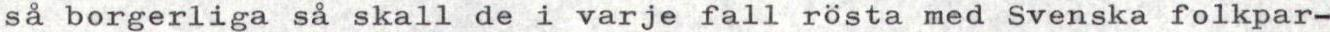
så borgerliga så skall de i varje fall rösta med Svenska folkpar-